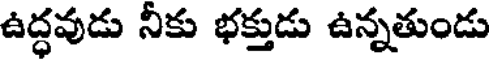
ఉద్ధవుడు నీకు భక్తుడు ఉన్నతుండు